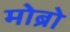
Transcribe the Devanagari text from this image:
मोब्रो